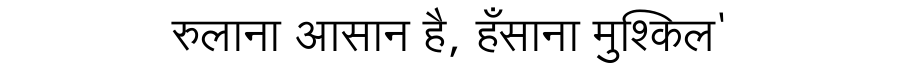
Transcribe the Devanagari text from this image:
रुलाना आसान है, हँसाना मुश्किल'